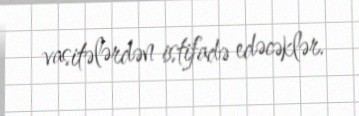
vasitələrdən istifadə edəcəklər.